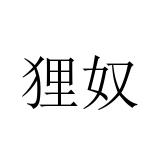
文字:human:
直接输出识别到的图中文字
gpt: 狸奴